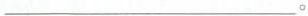
___。